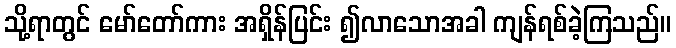
သို့ရာတွင် မော်တော်ကား အရှိန်ပြင်း ၍လာသောအခါ ကျန်ရစ်ခဲ့ကြသည်။